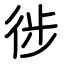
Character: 徏